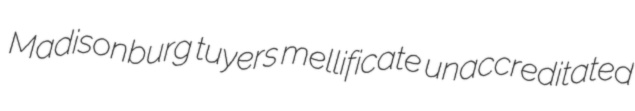
Madisonburg tuyers mellificate unaccreditated